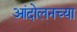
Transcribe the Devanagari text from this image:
आंदोलनच्या